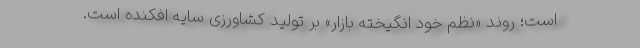
است؛ روند «نظم خود انگیخته بازار» بر تولید کشاورزی سایه افکنده است.